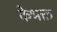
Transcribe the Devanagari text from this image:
केभक्त